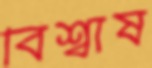
বিশ্বাষ